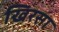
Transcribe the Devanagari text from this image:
खिरसा